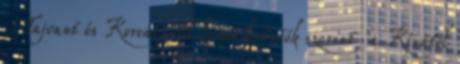
Tajvant és Koreát. A kínai kutatók szerint ’a Kínától